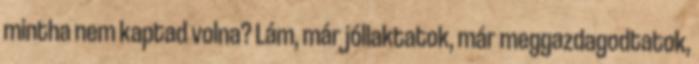
mintha nem kaptad volna? Lám, már jóllaktatok, már meggazdagodtatok,